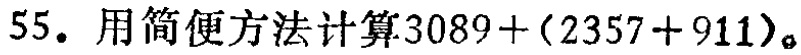
55. 用简便方法计算\(3089+(2357 + 911)\)。